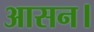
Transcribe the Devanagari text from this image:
आसन।